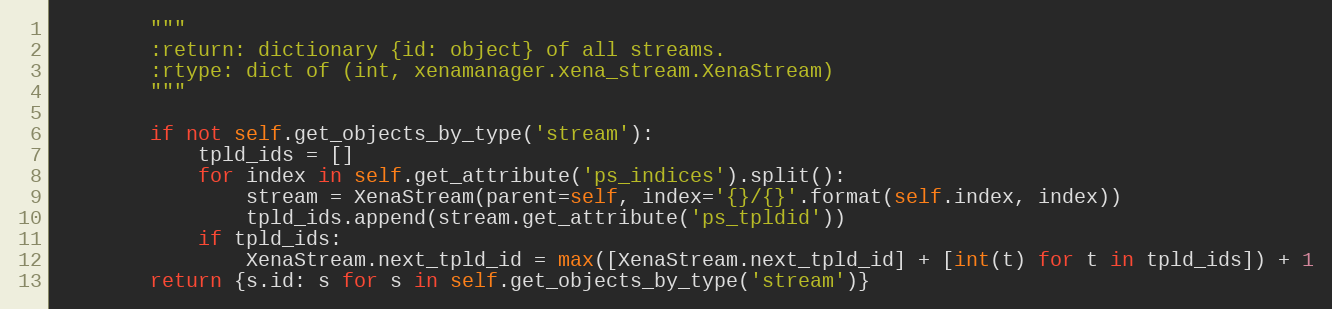
Language: Python
        """
        :return: dictionary {id: object} of all streams.
        :rtype: dict of (int, xenamanager.xena_stream.XenaStream)
        """

        if not self.get_objects_by_type('stream'):
            tpld_ids = []
            for index in self.get_attribute('ps_indices').split():
                stream = XenaStream(parent=self, index='{}/{}'.format(self.index, index))
                tpld_ids.append(stream.get_attribute('ps_tpldid'))
            if tpld_ids:
                XenaStream.next_tpld_id = max([XenaStream.next_tpld_id] + [int(t) for t in tpld_ids]) + 1
        return {s.id: s for s in self.get_objects_by_type('stream')}